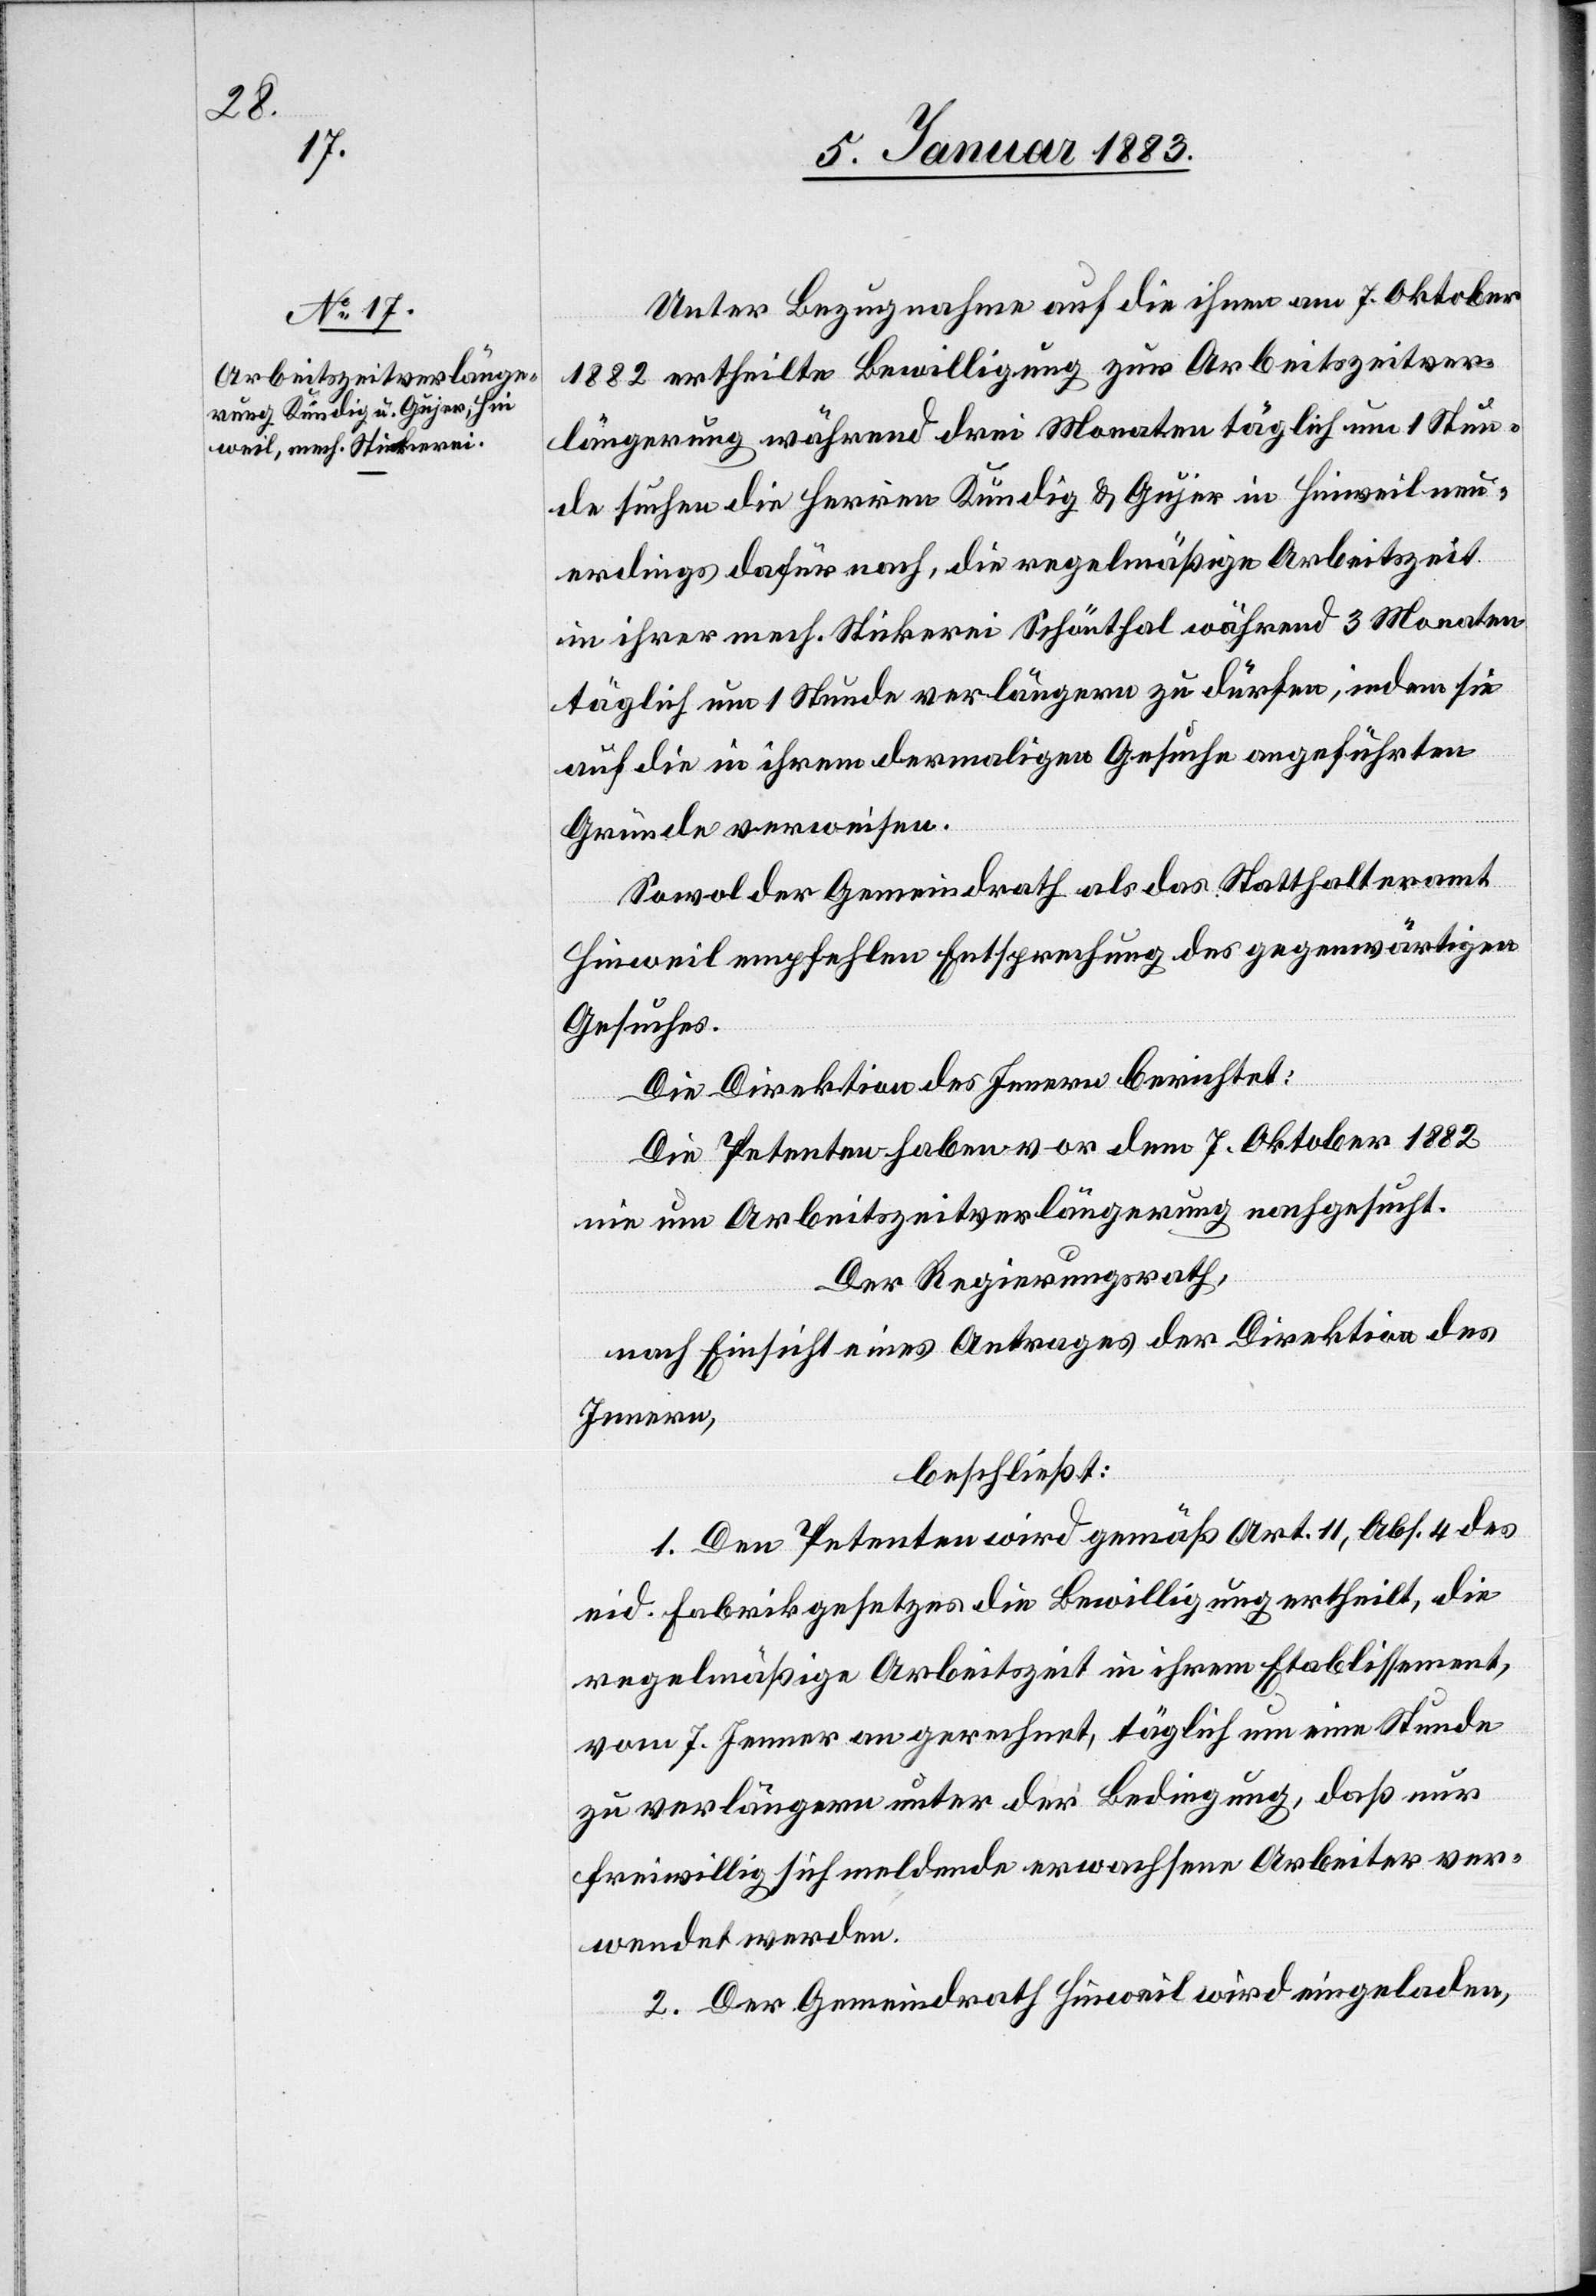
Unter Bezugnahme auf die ihnen am 7. Oktober
1882 ertheilte Bewilligung zur Arbeitszeitver¬
längerung während drei Monaten täglich um 1 Stun¬
de suchen die Herren Kündig & Gujer in Hinweil neu¬
erdings dafür nach, die regelmäßige Arbeitszeit
in ihrer mech. Stickerei Schönthal während 3 Monaten
täglich um 1 Stunde verlängern zu dürfen, indem sie
auf die in ihrem damaligen Gesuche angeführten
Gründe verweisen.
Sowol der Gemeindrath als das Statthalteramt
Hinweil empfehlen Entsprechung des gegenwärtigen
Gesuches.
Die Direktion des Innern berichtet:
Die Petenten haben vor dem 7. Oktober 1882
nie um Arbeitszeitverlängerung nachgesucht.
Der Regierungsrath,
nach Einsicht eines Antrages der Direktion des
Innern,
beschließt:
1. Den Petenten wird gemäß Art. 11, Abs. 4 des
eid. Fabrikgesetzes die Bewilligung ertheilt, die
regelmäßige Arbeitszeit in ihrem Etablissement,
vom 7. Jenner an gerechnet, täglich um eine Stunde
zu verlängern unter der Bedingung, daß nur
freiwillig sich meldende erwachsene Arbeiter ver¬
wendet werden.
2. Der Gemeindrath Hinweil wird eingeladen,